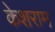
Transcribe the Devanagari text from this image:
केशराम